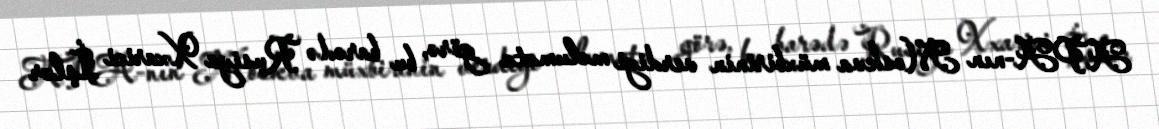
APA-nın Moskva müxbirinin verdiyi məlumata görə, bu barədə Rusiya Xxarici İşlər